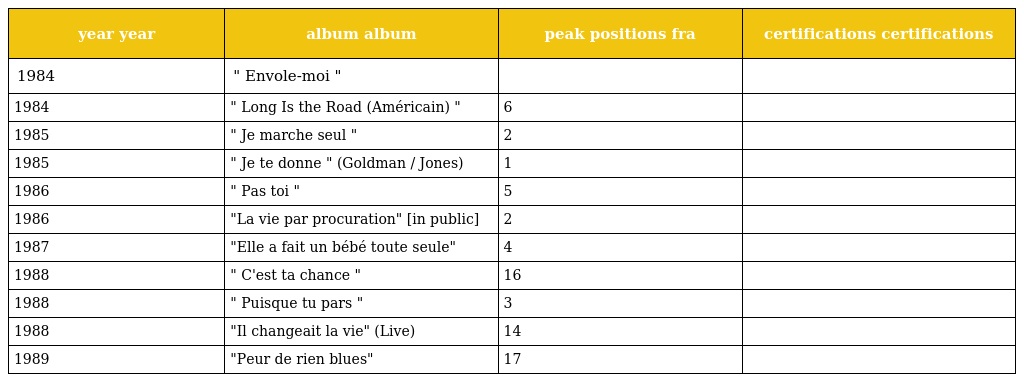
| year year | album album | peak positions fra | certifications certifications |
 | --- | --- | --- | --- |
 | 1984 | " Envole-moi " |  |  |
 | 1984 | " Long Is the Road (Américain) " | 6 |  |
 | 1985 | " Je marche seul " | 2 |  |
 | 1985 | " Je te donne " (Goldman / Jones) | 1 |  |
 | 1986 | " Pas toi " | 5 |  |
 | 1986 | "La vie par procuration" [in public] | 2 |  |
 | 1987 | "Elle a fait un bébé toute seule" | 4 |  |
 | 1988 | " C'est ta chance " | 16 |  |
 | 1988 | " Puisque tu pars " | 3 |  |
 | 1988 | "Il changeait la vie" (Live) | 14 |  |
 | 1989 | "Peur de rien blues" | 17 |  |